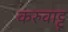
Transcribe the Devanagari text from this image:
करुवाट्टू